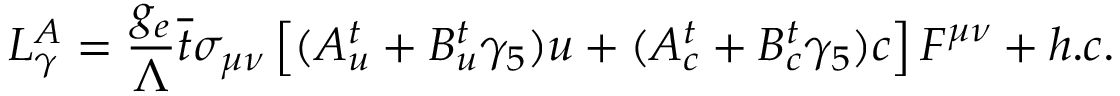
L _ { \gamma } ^ { A } = \frac { g _ { e } } { \Lambda } \overline { { { t } } } \sigma _ { \mu \nu } \left[ ( A _ { u } ^ { t } + B _ { u } ^ { t } \gamma _ { 5 } ) u + ( A _ { c } ^ { t } + B _ { c } ^ { t } \gamma _ { 5 } ) c \right] F ^ { \mu \nu } + h . c .